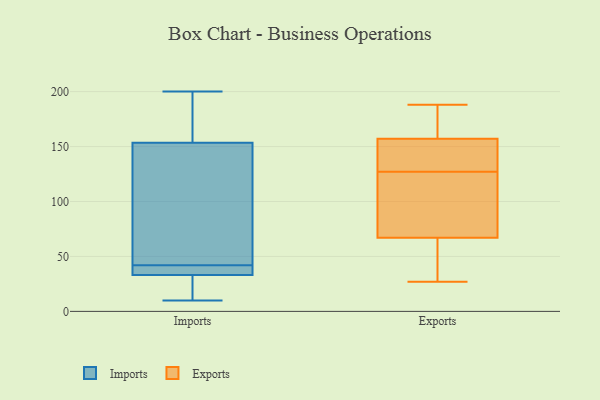
{"axis": {"x": "Tickets Resolved", "y": "Value"}, "legend": ["Exports", "Imports"], "data": [{"x": "", "y": 165, "type": "Imports"}, {"x": "", "y": 11, "type": "Imports"}, {"x": "", "y": 151, "type": "Imports"}, {"x": "", "y": 87, "type": "Imports"}, {"x": "", "y": 14, "type": "Imports"}, {"x": "", "y": 10, "type": "Imports"}, {"x": "", "y": 52, "type": "Imports"}, {"x": "", "y": 161, "type": "Imports"}, {"x": "", "y": 36, "type": "Imports"}, {"x": "", "y": 30, "type": "Imports"}, {"x": "", "y": 34, "type": "Imports"}, {"x": "", "y": 162, "type": "Imports"}, {"x": "", "y": 200, "type": "Imports"}, {"x": "", "y": 144, "type": "Imports"}, {"x": "", "y": 42, "type": "Imports"}, {"x": "", "y": 38, "type": "Imports"}, {"x": "", "y": 34, "type": "Imports"}, {"x": "", "y": 83, "type": "Exports"}, {"x": "", "y": 102, "type": "Exports"}, {"x": "", "y": 152, "type": "Exports"}, {"x": "", "y": 188, "type": "Exports"}, {"x": "", "y": 163, "type": "Exports"}, {"x": "", "y": 67, "type": "Exports"}, {"x": "", "y": 177, "type": "Exports"}, {"x": "", "y": 54, "type": "Exports"}, {"x": "", "y": 65, "type": "Exports"}, {"x": "", "y": 153, "type": "Exports"}, {"x": "", "y": 50, "type": "Exports"}, {"x": "", "y": 173, "type": "Exports"}, {"x": "", "y": 98, "type": "Exports"}, {"x": "", "y": 27, "type": "Exports"}, {"x": "", "y": 155, "type": "Exports"}, {"x": "", "y": 155, "type": "Exports"}, {"x": "", "y": 76, "type": "Exports"}, {"x": "", "y": 157, "type": "Exports"}]}